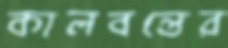
কালবন্তের